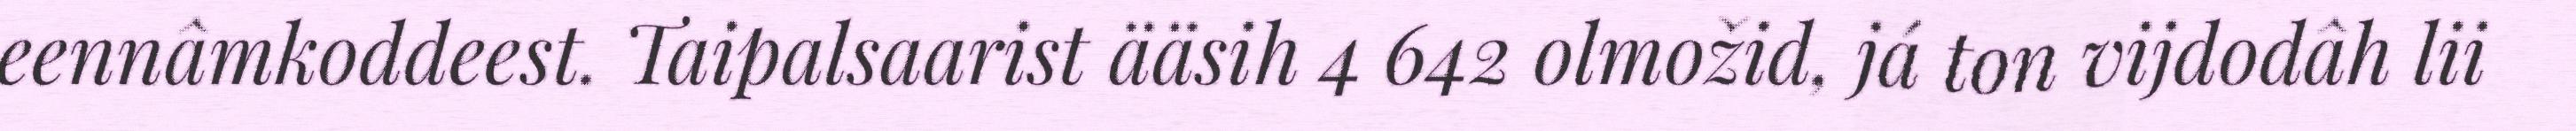
eennâmkoddeest. Taipalsaarist ääsih 4 642 olmožid, já ton vijdodâh lii